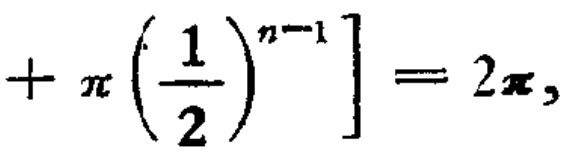
\[
+ \pi \left( \frac{1}{2} \right)^{n - 1} \right] = 2 \pi,
\]